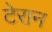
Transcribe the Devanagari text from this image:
टेरान